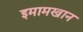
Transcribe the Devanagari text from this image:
इमामखान